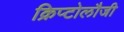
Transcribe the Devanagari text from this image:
क्रिप्टोलौजी